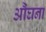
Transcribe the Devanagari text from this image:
औंघना